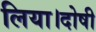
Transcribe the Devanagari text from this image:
लिया।दोषी